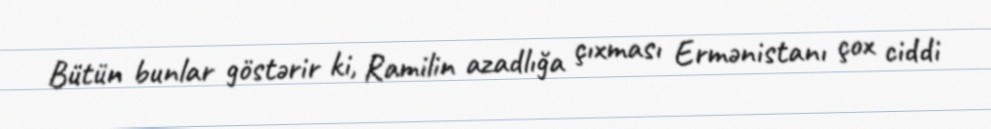
Bütün bunlar göstərir ki, Ramilin azadlığa çıxması Ermənistanı çox ciddi